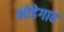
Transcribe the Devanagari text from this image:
भोडेगाव